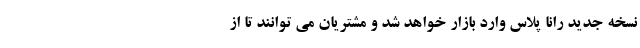
نسخه جدید رانا پلاس وارد بازار خواهد شد و مشتریان می توانند تا از